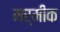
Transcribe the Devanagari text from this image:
मर्मीक